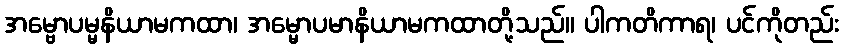
အမ္ဗောပမ္မနိယာမကထာ၊ အမ္မောပမာနိယာမကထာတို့သည်။ ပါကတိကာရ၊ ပင်ကိုတည်း